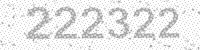
Solution: 222322